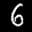
Digit: 6